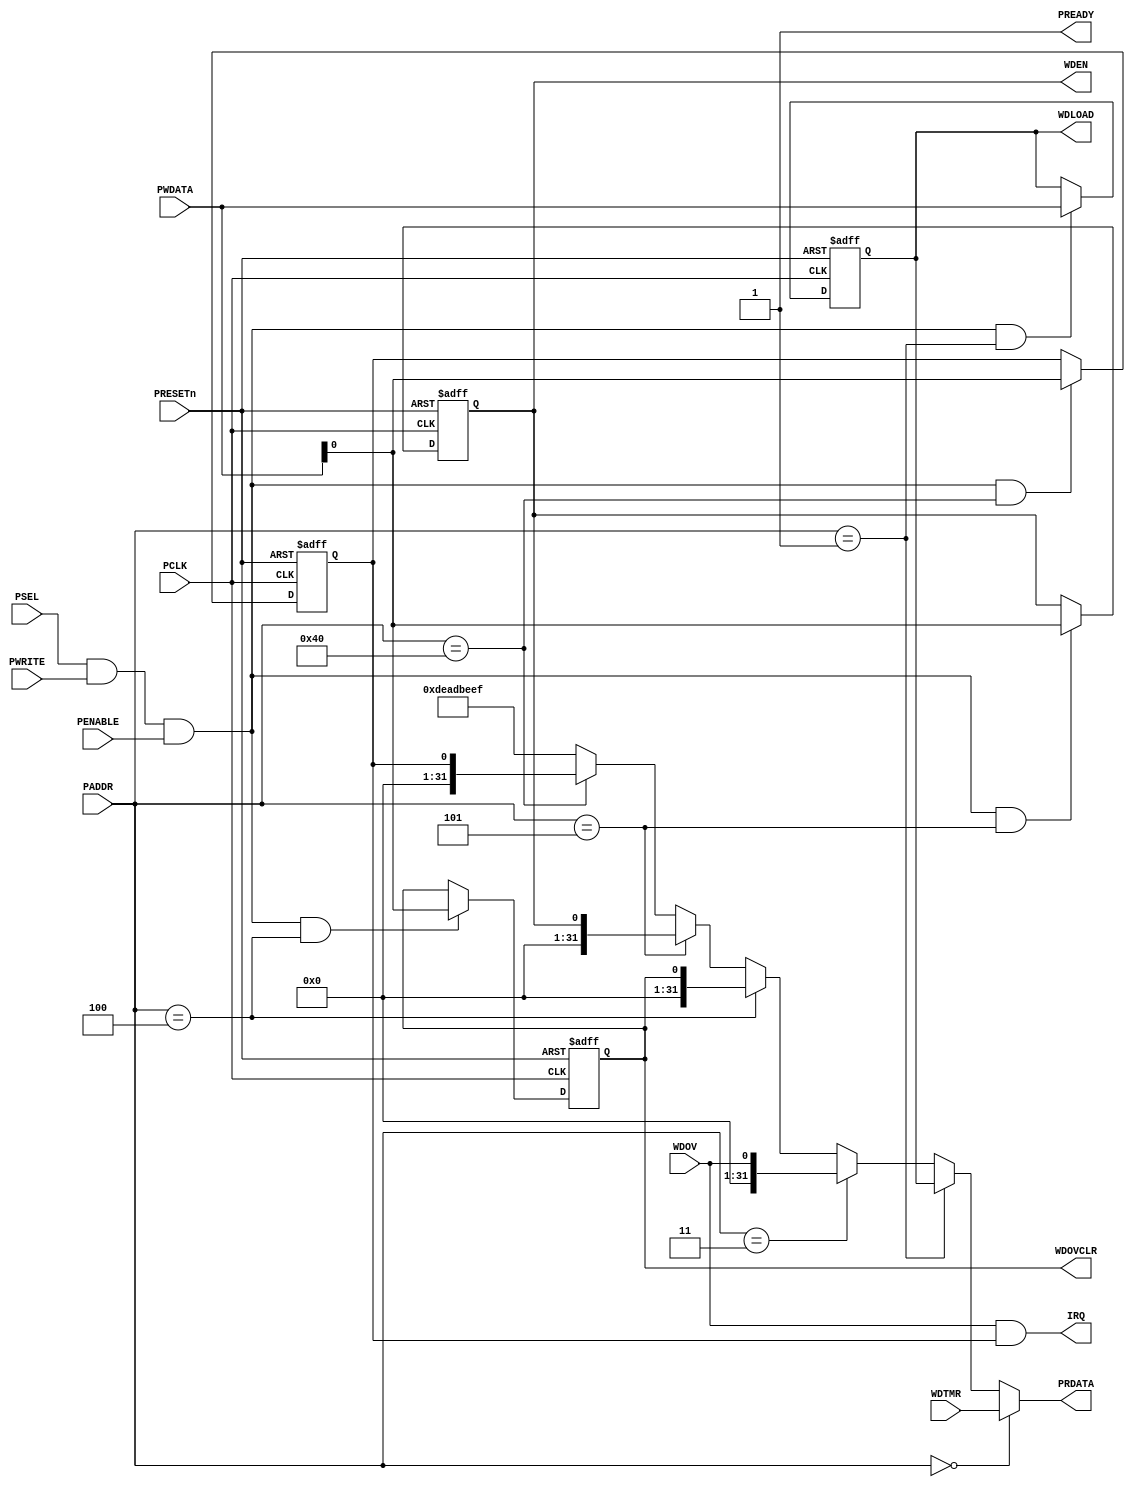
/*
        APB Wrapper for WDT32 macro 
        Automatically generated from a JSON description by Mohamed Shalan
        Generated at 2020-11-26 12:31:7 
*/

`timescale 1ns/1ns
   
module APB_WDT32 (
	// APB Interface
	// clock and reset 
	input  wire        PCLK,    
	//input  wire        PCLKG,   // Gated clock
	input  wire        PRESETn, // Reset

	// input ports
	input  wire        PSEL,    // Select
	input  wire [19:2] PADDR,   // Address
	input  wire        PENABLE, // Transfer control
	input  wire        PWRITE,  // Write control
	input  wire [31:0] PWDATA,  // Write data

	// output ports
	output wire [31:0] PRDATA,  // Read data
	output wire        PREADY,
	// Device ready

	// IP Interface
	output wire		IRQ,

	// WDTMR register/fields
	input wire [31:0] WDTMR,


	// WDLOAD register/fields
	output reg [31:0] WDLOAD,


	// WDOV register/fields
	input wire [0:0] WDOV,


	// WDOVCLR register/fields
	output reg [0:0] WDOVCLR,


	// WDEN register/fields
	output reg [0:0] WDEN

);
	wire rd_enable;
	wire wr_enable;
	assign  rd_enable = PSEL & (~PWRITE); 
	assign  wr_enable = PSEL & PWRITE & (PENABLE); 
	assign  PREADY = 1'b1;
    
	// Register: WDLOAD
	wire WDLOAD_select = wr_enable & (PADDR[19:2] == 18'h1);

    always @(posedge PCLK or negedge PRESETn)
    begin
        if (~PRESETn)
            WDLOAD <= 32'h0;
        else if (WDLOAD_select)
            WDLOAD <= PWDATA;
    end
    
	// Register: WDOVCLR
	wire WDOVCLR_select = wr_enable & (PADDR[19:2] == 18'h4);

    always @(posedge PCLK or negedge PRESETn)
    begin
        if (~PRESETn)
            WDOVCLR <= 1'h0;
        else if (WDOVCLR_select)
            WDOVCLR <= PWDATA;
    end
    
	// Register: WDEN
	wire WDEN_select = wr_enable & (PADDR[19:2] == 18'h5);

    always @(posedge PCLK or negedge PRESETn)
    begin
        if (~PRESETn)
            WDEN <= 1'h0;
        else if (WDEN_select)
            WDEN <= PWDATA;
    end
    

	// IRQ Enable Register @ offset 0x100
	reg[0:0] IRQEN;
	wire IRQEN_select = wr_enable & (PADDR[19:2] == 18'h40);

    always @(posedge PCLK or negedge PRESETn)
    begin
        if (~PRESETn)
            IRQEN <= 1'h0;
        else if (IRQEN_select)
            IRQEN <= PWDATA;
    end
    
	assign IRQ = ( WDOV & IRQEN[0] ) ;

	assign PRDATA = 
		(PADDR[19:2] == 18'h0) ? WDTMR : 
		(PADDR[19:2] == 18'h1) ? WDLOAD : 
		(PADDR[19:2] == 18'h3) ? {31'd0,WDOV} : 
		(PADDR[19:2] == 18'h4) ? {31'd0,WDOVCLR} : 
		(PADDR[19:2] == 18'h5) ? {31'd0,WDEN} : 
		(PADDR[19:2] == 18'h40) ? {31'd0,IRQEN} : 
		32'hDEADBEEF;

endmodule